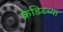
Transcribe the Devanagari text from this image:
क्रेडिटच्या